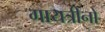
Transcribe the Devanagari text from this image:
गायत्रीनो